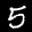
Label: 5